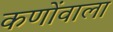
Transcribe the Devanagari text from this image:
कणोंवाला